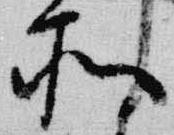
所